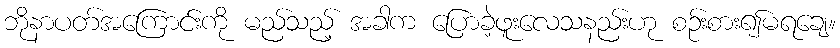
ဘိုနာပတ်အကြောင်းကို မည်သည့် အခါက ပြောခဲ့ဖူးလေသနည်းဟု စဉ်းစား၍မရချေ။